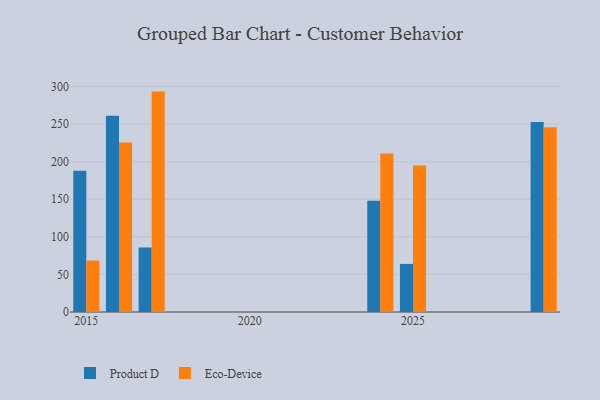
{"axis": {"x": "Year", "y": "Tickets Resolved"}, "legend": ["Eco-Device", "Product D"], "data": [{"x": "2025", "y": 64.0, "type": "Product D"}, {"x": "2025", "y": 195.1, "type": "Eco-Device"}, {"x": "2017", "y": 85.7, "type": "Product D"}, {"x": "2017", "y": 293.3, "type": "Eco-Device"}, {"x": "2024", "y": 147.9, "type": "Product D"}, {"x": "2024", "y": 211.0, "type": "Eco-Device"}, {"x": "2016", "y": 261.1, "type": "Product D"}, {"x": "2016", "y": 225.7, "type": "Eco-Device"}, {"x": "2029", "y": 252.9, "type": "Product D"}, {"x": "2029", "y": 245.8, "type": "Eco-Device"}, {"x": "2015", "y": 188.0, "type": "Product D"}, {"x": "2015", "y": 68.5, "type": "Eco-Device"}]}